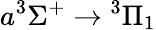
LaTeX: a^{3}\Sigma^{+}\rightarrow{^3\Pi_{1}}